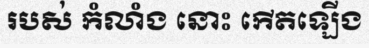
របស់ កំលាំង នោះ កើតឡើង